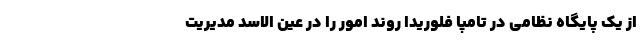
از یک پایگاه نظامی در تامپا فلوریدا روند امور را در عین الاسد مدیریت